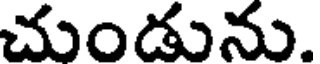
చుండును.